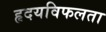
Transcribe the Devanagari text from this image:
हृदयविफलता